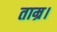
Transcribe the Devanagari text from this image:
ताम्र।